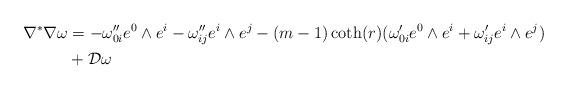
LaTeX: \begin{align*}\nabla^{\ast}\nabla \omega &=-\omega_{0i}^{\prime\prime}e^{0}\wedge e^{i}-\omega_{ij}^{\prime\prime}e^{i}\wedge e^{j}-(m-1)\coth(r)(\omega_{0i}^{\prime}e^{0}\wedge e^{i}+\omega_{ij}^{\prime}e^{i}\wedge e^{j})\\&+\mathcal{D}\omega\end{align*}